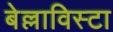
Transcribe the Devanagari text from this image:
बेल्लाविस्टा